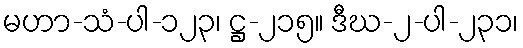
မဟာ-သံ-ပါ-၁၂၃၊ ဋ္ဌ-၂၁၅။ ဒီဃ-၂-ပါ-၂၃၁၊